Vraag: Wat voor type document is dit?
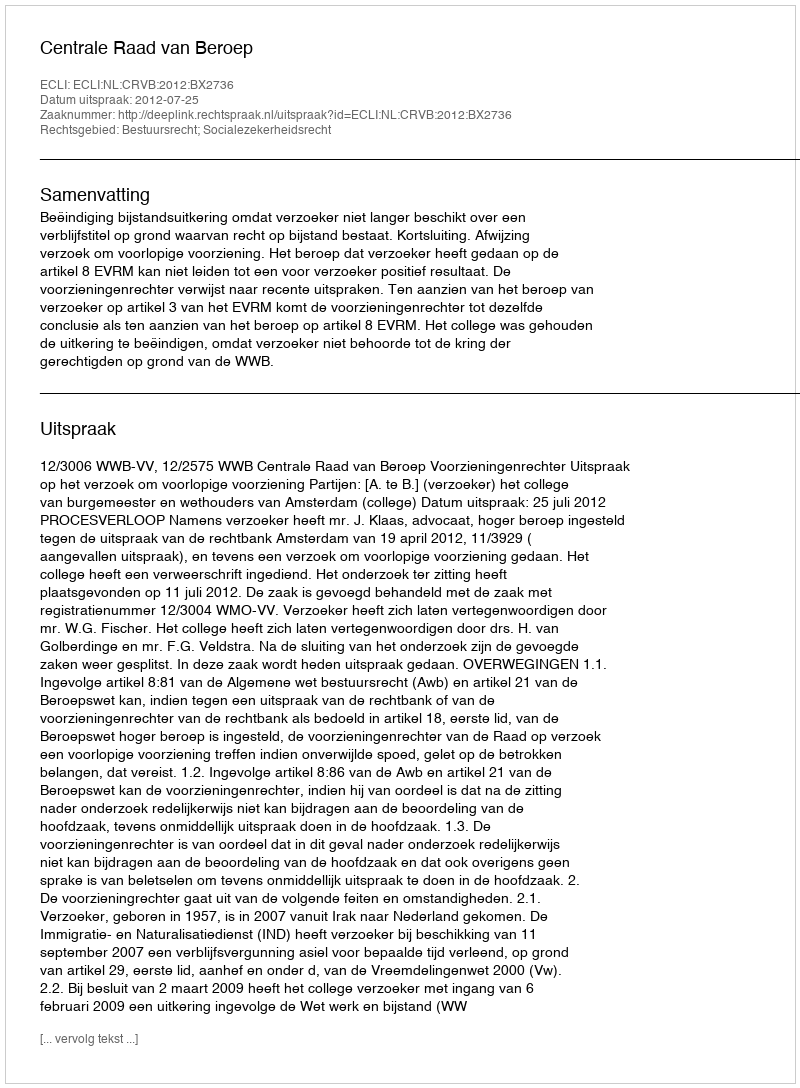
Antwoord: Uitspraak